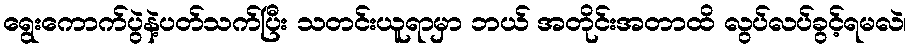
ရွေးကောက်ပွဲနဲ့ပတ်သက်ပြီး သတင်းယူရာမှာ ဘယ် အတိုင်းအတာထိ လွပ်လပ်ခွင့်ရမလဲ၊